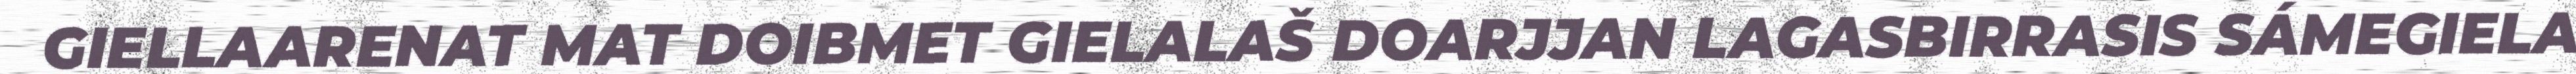
GIELLAARENAT MAT DOIBMET GIELALAŠ DOARJJAN LAGASBIRRASIS SÁMEGIELA